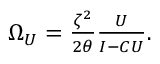
\begin{array} { r } { \Omega _ { U } = \frac { \zeta ^ { 2 } } { 2 \theta } \frac { U } { I - C U } . } \end{array}